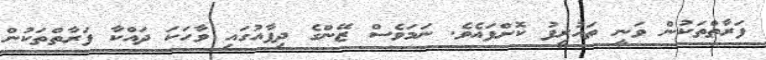
ފަރާތްތަކުން ވަނީ ތައުރީފު ކޮށްފައެވެ. ނަމަވެސް ޒޭންގެ ދިފާއުގައި ވާހަކަ ދައްކާ ފަރާތްތަކުން